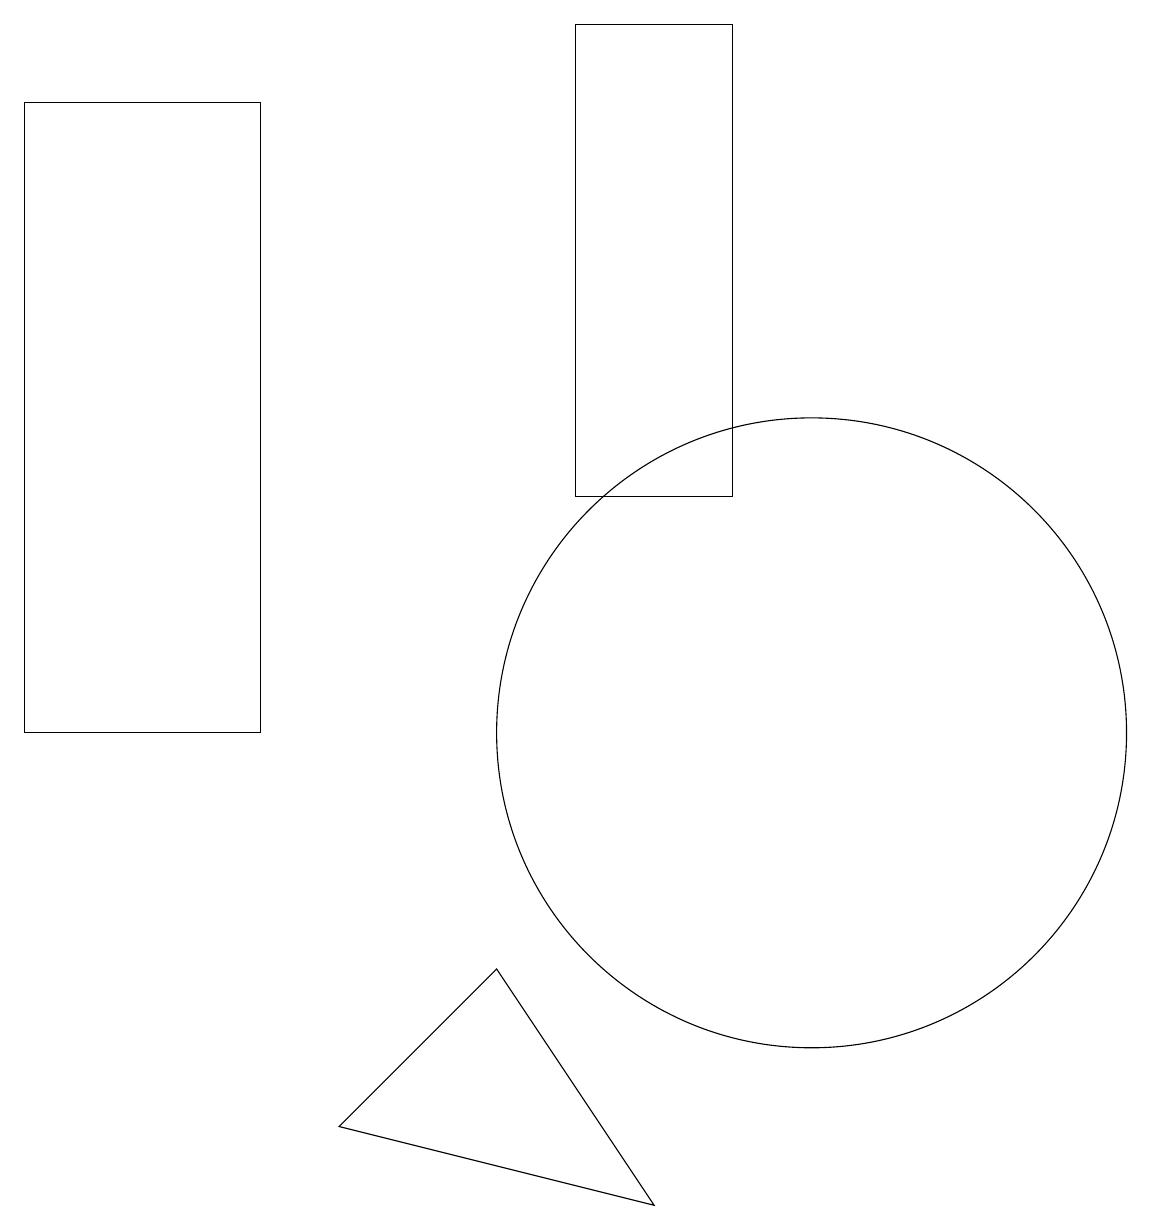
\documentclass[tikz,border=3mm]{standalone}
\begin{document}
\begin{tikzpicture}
\draw (4,5) -- (8,4) -- (6,7) -- cycle;
\draw (11,12) circle (0);
\draw (10,10) circle (4);
\draw (3,18) rectangle (0,10);
\draw (7,14) rectangle (7,17);
\draw (9,19) rectangle (7,13);
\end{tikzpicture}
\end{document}